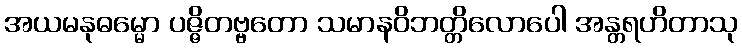
အယမနုဓမ္မော ပဇ္ဇိတဗ္ဗတော သမာနဝိဘတ္တိလောပေါ အန္တရဟိတာသု